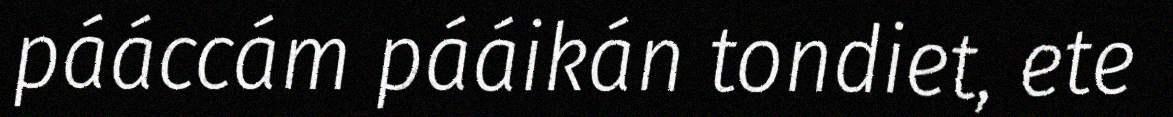
pááccám pááikán tondiet, ete